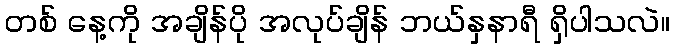
တစ် နေ့ကို အချိန်ပို အလုပ်ချိန် ဘယ်နှနာရီ ရှိပါသလဲ။